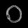
Digit: ၀